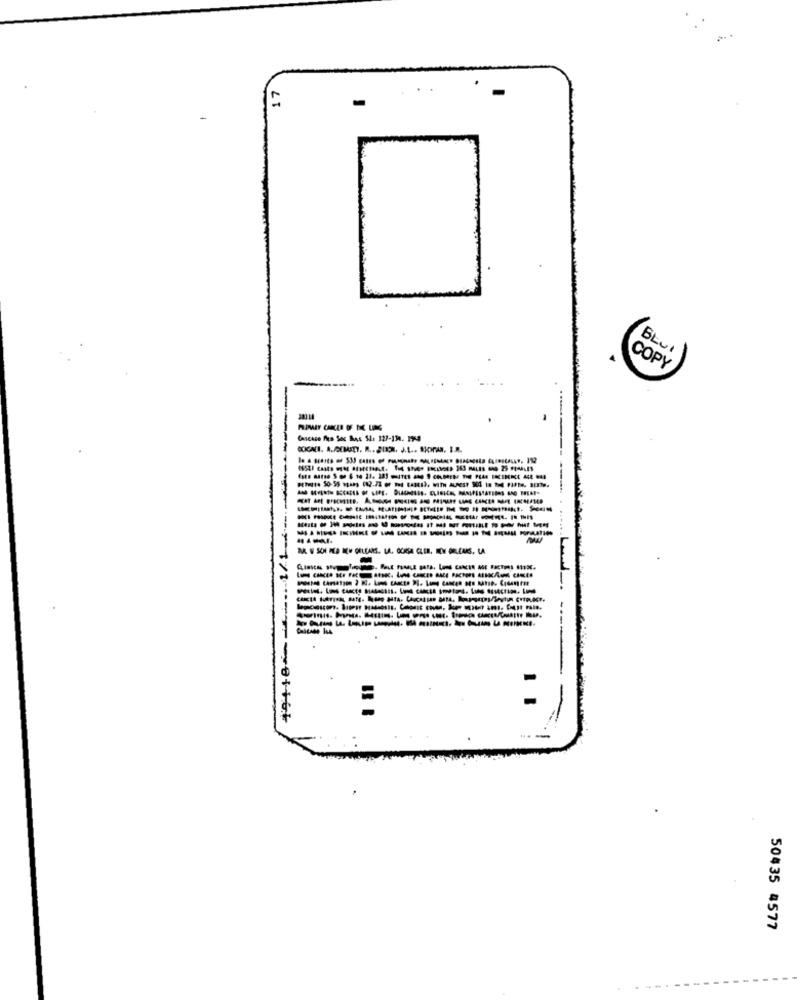
=
BLU
COPY
300 14
COCACI. A./OUTY. R .. 802. J.L .. Sipras. I.R.
----------
1
50435 4577